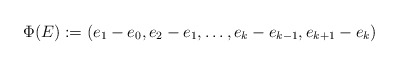
\begin{align*} \Phi(E):=(e_1-e_0,e_2-e_1,\ldots,e_k-e_{k-1},e_{k+1}-e_k) \end{align*}